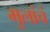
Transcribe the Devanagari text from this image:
मुलांचं